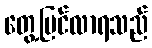
တွေ့မြင်လာရသည်